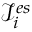
\mathcal { I } _ { i } ^ { e s }